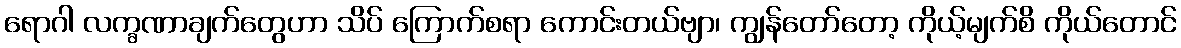
ရောဂါ လက္ခဏာချက်တွေဟာ သိပ် ကြောက်စရာ ကောင်းတယ်ဗျာ၊ ကျွန်တော်တော့ ကိုယ့်မျက်စိ ကိုယ်တောင်